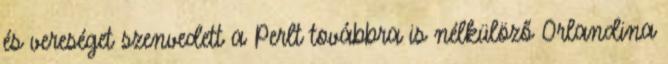
és vereséget szenvedett a Perlt továbbra is nélkülöző Orlandina